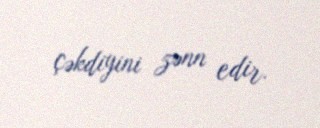
çəkdiyini zənn edir.